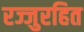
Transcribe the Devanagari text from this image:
रज्जुरहित